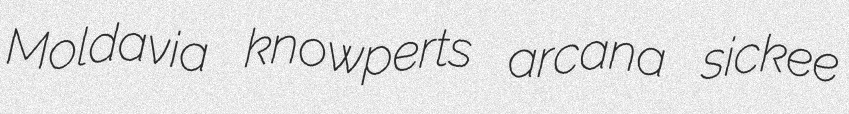
Moldavia knowperts arcana sickee